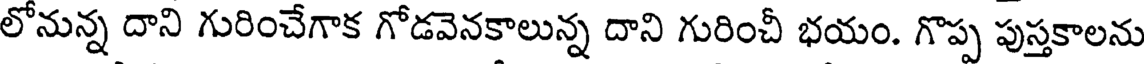
లోనున్న దాని గురించేగాక గోడవెనకాలున్న దాని గురించీ భయం. గొప్ప పుస్తకాలను